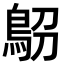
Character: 𩿋